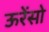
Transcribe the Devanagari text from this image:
ऊरेंसो